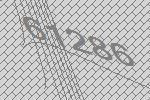
61286